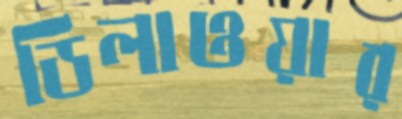
ডিলাওয়ার